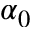
\alpha _ { 0 }